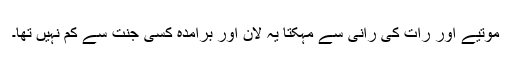
موتیے اور رات کی رانی سے مہکتا یہ لان اور برامدہ کسی جنت سے کم نہیں تھا۔